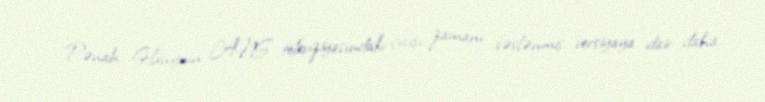
Pənah Hüseynin ANS televiziyasındakı çıxışı zamanı səslənmiş versiyaya dair daha